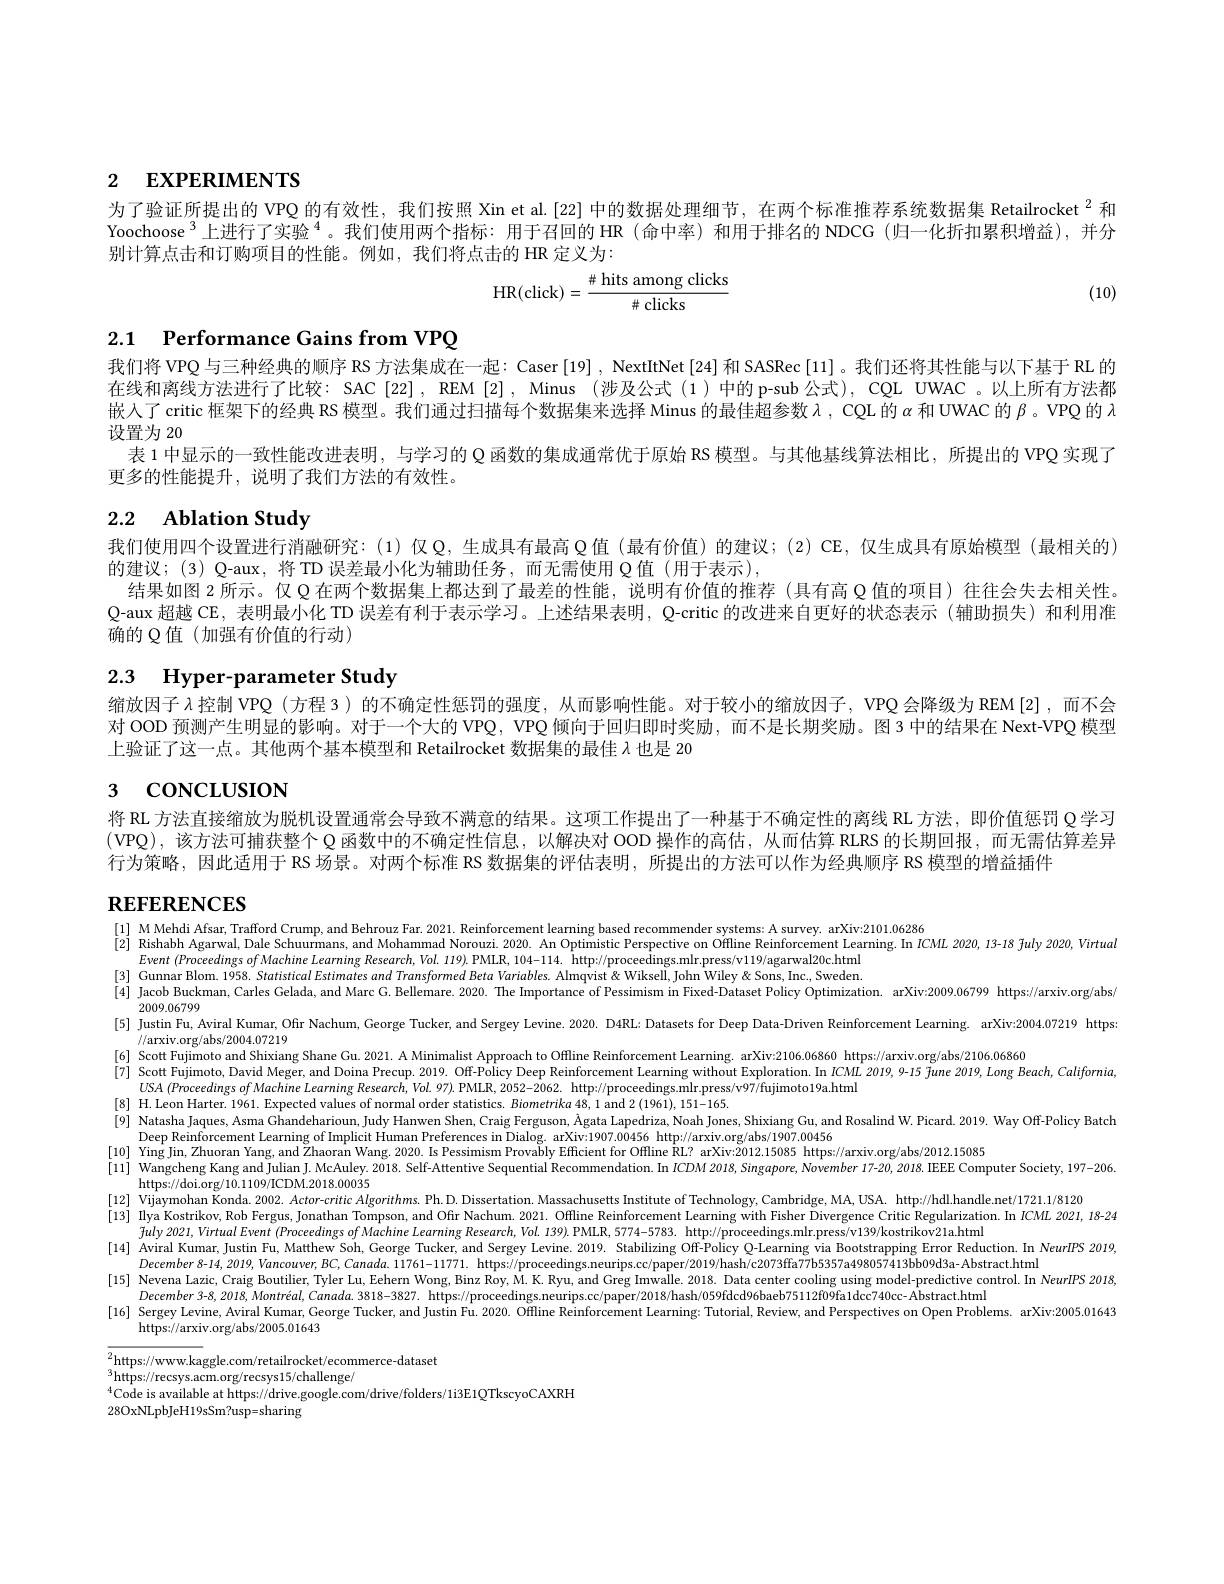
# 2 EXPERIMENTS

为了验证所提出的 VPQ 的有效性，我们按照 Xin et al.[22] 中的数据处理细节，在两个标准推荐系统数据集 Retailrocket $^{2}$和Yoochoose $^{3}$上进行了实验 $^{4}$。我们使用两个指标：用于召回的 HR(命中率)和用于排名的 NDCG(归一化折扣累积增益),并分别计算点击和订购项目的性能。例如，我们将点击的 HR 定义为：
$$\mathrm H\mathrm R(\mathrm c\mathrm l\mathrm i\mathrm c\mathrm k)=\frac{\#\text{hits among clicks}}{\#\text{clicks}}$$
(10)

2.1 Performance Gains from VPQ

我们将 VPQ 与三种经典的顺序 RS 方法集成在一起：Caser [19] , NextltNet [24] 和 SASRec [11]。我们还将其性能与以下基于 RL 的在线和离线方法进行了比较：SAC[22], REM[2], Minus (涉及公式(1)中的 p-sub 公式), CQL UWAC 。以上所有方法都嵌人了 critic 框架下的经典 RS 模型。我们通过扫描每个数据集来选择 Minus 的最佳超参数$\lambda$, CQL 的$\alpha$和 UWAC 的$\beta$ 。VPQ 的$\lambda$ 设置为 20
表 1 中显示的一致性能改进表明，与学习的 Q 函数的集成通常优于原始 RS 模型。与其他基线算法相比，所提出的 VPQ 实现了
更多的性能提升，说明了我们方法的有效性。

# 2.2 Ablation Study

我们使用四个设置进行消融研究：(1)仅Q，生成具有最高$\mathbb{Q}$值(最有价值)的建议；(2)CE,仅生成具有原始模型(最相关的)
的建议；(3)Q-aux,将TD 误差最小化为辅助任务，而无需使用 Q值(用于表示),
结果如图 2 所示。仅 Q 在两个数据集上都达到了最差的性能，说明有价值的推荐(具有高 Q 值的项目) 往往会失去相关性。Q-aux 超越 CE, 表明最小化 TD 误差有利于表示学习。上述结果表明，Q-critic 的改进来自更好的状态表示 (辅助损失)和利用准确的 Q 值(加强有价值的行动)

# 2.3 Hyper-parameter Study

缩放因子$\lambda$控制 VPQ (方程 3)的不确定性惩罚的强度，从而影响性能。对于较小的缩放因子，VPQ 会降级为 REM $\left[2\right]$,而不会对 OOD 预测产生明显的影响。对于一个大的 VPQ, VPQ 倾向于回归即时奖励，而不是长期奖励。图 3 中的结果在 Next-VPQ 模型上验证了这一点。其他两个基本模型和 Retailrocket 数据集的最佳$\lambda$也是 20

# 3 concLUsIoN

将 RL 方法直接缩放为脱机设置通常会导致不满意的结果。这项工作提出了一种基于不确定性的离线 RL 方法，即价值惩罚 Q 学习(VPQ),该方法可捕获整个 Q 函数中的不确定性信息，以解决对 OOD 操作的高估，从而估算 RLRS 的长期回报，而无需估算差异行为策略，因此适用于 RS 场景。对两个标准 RS 数据集的评估表明，所提出的方法可以作为经典顺序 RS 模型的增益插件

# $\textbf{REFERENCES}$

$\begin{array}{ll}[1]&\text{M Mehdi Afsar,Trafford Crump,and Behrouz Far.2021.Reinforcement learning based recommender systems: A survey. arXiv:2101.06286}\\[2]&\text{Rishabh Agarwal, Dale Schuurrmans, and Mohammad Norouzi. 2020. An Optimistic Perspective on Offine Reinforceme$
[3] Gunnar Blom. 1958. Stattistical Estimates and Transformed Beta Variables. Almqvist & Wiksell, John Wiley & Sons, Inc., Sweden. [4] Jacob Buckman, Carles Gelada, and Marc G. Bellemare. 2020. The Importance of Pessimism in Fixed-Dataset Policy Optimization. arXiv.2009.06799 https://arxiv.org/abs
2009.06799
[5] Justin Fu, Aviral Kumar, Ofir Nachum, George Tucker, and Sergey Levine. 2020. D4RL: Datasets for Deep Data-Driven Reinforcement Learning. arXiv:2004.07219 httpsing [5] Justin Fu, Aviral Kumar, Ofir Nachum, George Tucker, and Sergey Levine. 2020.
//arxiv.org/abs/2004.07219
[6] Scott Fujimoto and Shixiang Shane Gu. 2021. A Minimalist Approach to Offline Reinforcement Learning. arXiv:2106.06860 https;//arxiv org/abs/2106.06860
[7] Scott Fujimoto, David Meger, and Doina Precup. 2019. Off-Policy Deep Reinforcement Learning without Exploration. In ICML 2019, 9-15 Jiune 2019, Long Beach, California,
$USA$ $(ProceedingsofMachine$ Learning Research, Vol. 97). PMIR, 2052-2062. http;//proceedings.mlr.press/v97/fujimoto19a.html
[8] H.Leon Harter. 1961. Expected values of normal order statistics. Biometrika 48, 1 and 2 (1961), 151-165.
[9] Natasha Jaques, Asma Ghandeharioun, Judy Hanwen Shen, Craig Ferguson, Ågata Lapedriza, Noah Jones, Shixiang Gu, and Rosalind W. Picard. 2019. Way Off-Policy Batch
Deep Reinforcement Learning of Implicit Human Preferences in Dialog. arXiv:1907.00456 http://arxiv.org/abs/1907.00456
[10] Ying Jin, Zhuoran Yang, and Žhaoran Wang. 2020. Is Pessimism Provably Efficient for Offline $\hat{\text{RL? arXiv}}.2012.15085$ https;//arxiv org/abs/2012.15085
[11] Wangcheng Kang and Julian J. McAuley. 2018. Self-Attentive Sequential Recommendation. In ICDM 2018, Singapore, November 17-20, 2018. IEEE Computer Society, 197-206
https: / / doi. org/ 10. 1109/ ICDM. 2018. 00035
[12] Vijaymohan Konda 2002. Actor-critic Algorithms Ph.D Dissertation. Massachusetts Institute of Technology, Cambridge, MA, USA. http;/hdl handle net/1721.18120[1293] Vijaymohan Konda 2002. Actor-critic Algorithms Ph. D Dissertation. Massachusetts
[13] llya Kostrikov, Rob Fergus, Jonathan Tompson, and Ofr Nachum. 2021. Offline Reinforcement Learning with Fisher Divergence Critic Regularization. In $ICML$ 2021, 18-24
fuly 2021, Virtual Event $( ProceedingsofMachine\textit{Learning Research,  Vol.  139) .  PMLR,  5774- 5783.  http; / proceedings. mlr. press( v139/ kostrikov21a. html}$
[14] Aviral Kumar, Justin Fu, Matthew Soh, George Tucker, and Sergey Levine. 2019. Stabilizing Off-Policy Q-Learning via Bootstrapping Error Reduction. In NeurIPS 2019,
December 8-14, 2019, Vancouver, BC, Canada. 11761-11771. https://proceedings. neurips. cc/paper/2019/hash/c2073ffa77b5357a498057413bb09d3a-Abstract.html
[15] Nevena Lazic, Craig Boutilier, Tyler Lu, Eehern Wong, Binz Roy, M. K. Ryu, and Greg Imwalle. 2018. Data center cooling using model-predictive control. In NeurIPS 2018,
December 3-8, 2018, Montréal, Canada. 3818-3827. https;//proceedings.neurips.cc/paper/2018/hash/059fdcd96baeb75112f09fa1dcc740cc-Abstract.html
[16] Sergey Levine, Aviral Kumar, George Tucker, and Justin Fu. 2020. Offline Reinforcement Learning: Tutorial, Review, and Perspectives on Open Problems. arXiv.2005.01643
https://arxiv.org/abs/2005.01643

$^2$https://www.kaggle.com/retailrocket/ecommerce-dataset
$^3{\mathrm{https:}}//$recsys.acm.org/recsys15/challenge/
$^{4}$Code is available at https;//drive.google.com/drive/folders/1i3E1QTkscyoCAXRH
28OxNLpbJeH19sSm?usp=sharing